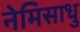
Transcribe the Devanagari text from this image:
नेमिसाधु